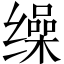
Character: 缲